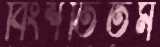
বিংশতিতম